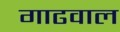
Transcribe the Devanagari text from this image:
गाढवाल